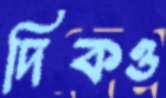
দিকও